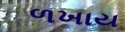
ળખાય